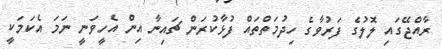
ރާއްޖޭގައި ލޮލުގެ ފަރުވާގެ ހިދުމަތްތައް ފުޅާކުރަން ޗައިނާ އިން އެހީވަނީ ނަމަ އެކަމަކީ